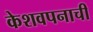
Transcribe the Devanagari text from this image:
केशवपनाची